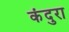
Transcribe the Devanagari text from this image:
कंदुरा